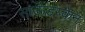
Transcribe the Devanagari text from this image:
साऊंडस्केन